Vaccination in Bombay 1889-1901 - 1889-1901
Year: 1889
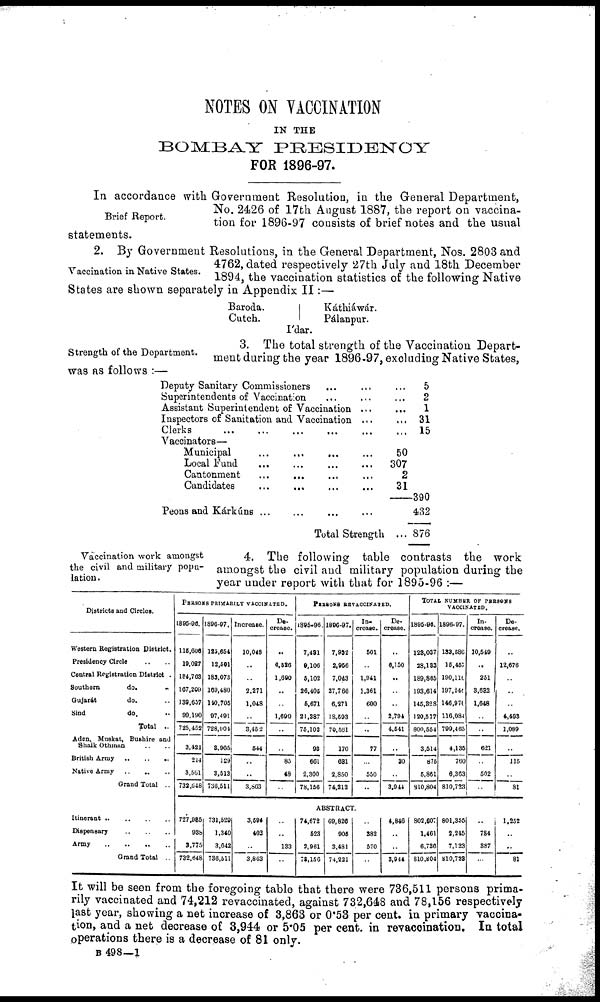
NOTES ON VACCINATION
IN THE
BOMBAY
PRESIDENCY
FOR 1896-97.
Brief Report.
In accordance with Government Resolution, in the General Department,
No. 2426 of 17th August 1887, the report on vaccina-
tion for 1896-97 consists of brief notes and the usual
statements.
Vaccination in Native States.
2. By Government Resolutions, in the General Department, Nos. 2803 and
4762, dated respectively 27th July and 18th December
1894, the vaccination statistics of the following Native
States are shown separately in Appendix II :—
Baroda.
Cutch.
Káthiáwár.
Pálanpur.
I'dar.
Strength of the Department.
3. The total strength of the Vaccination Depart-
ment during the year 1896-97, excluding Native States,
was as follows :—
Deputy Sanitary Commissioners ... ... ...
Superintendents of Vaccination ... ... ...
Assistant Superintendent of Vaccination ... ...
Inspectors of Sanitation and Vaccination ... ...
Clerks ... ... ... ... ...
Vaccinators—
Municipal
...
...
...
...
Local Fund ... ... ... ...
Cantonment ... ... ... ...
Candidates ... ... ... ...
Peons and Kárkúns ... ... ... ...
Total Strength ...
5
2
1
31
15
50
307
2
31
390
432
876
Vaccination work amongst
the civil and military popu-
lation.
4. The following table contrasts the work
amongst the civil and military population during the
year under report with that for 1895-96 :—
Districts and Circles.
Western Registration District.
Presidency Circle .. ..
Central Registration District .
Southern
do. ..
Gujarát
do. ..
Sind
do. ..
Total
..
Aden, Muskat, Bushire and
Shaik Othman .. ..
British
Army..
..
..
Native Army .. .. ..
Grand Total ..
Itinerant .. .. .. ..
Dispensary
..
..
..
Army .. .. .. ..
Grand Total ..
PERSONS PRIMARLY VACCINATED.
1895-95.
115,608
19,027
184,703
167,209
139,637
90,190
725,452
3,421
214
3,561
732,648
1896-97.
125,654
12,501
183,073
169,480
140,705
97,491
728,904
8,965
129
3,513
736,511
Increase.
10,048
..
..
2,271
1,048
..
3,452
544
..
..
3,863
De-
crease.
..
6,526
1,690
..
..
1,699
..
..
85
48
..
PERSONS REVACCINATED.
1895-96.
7,431
9,106
5,102
26,405
5,671
21,387
75,102
93
661
2,300
78,156
1896-97.
7,932
2,956
7,043
27,766
6,271
18,593
70,561
170
631
2,850
74,212
In-
crease.
501
..
1,941
1,361
600
..
..
77
..
550
..
De-
crease.
...
6,150
..
..
..
2,794
4,541
..
30
..
3,944
TOTAL NUMBER OF PERSONS
VACCINATED.
1895-96.
123,037
28,133
189,865
193,614
145,328
120,577
800,554
3,514
875
5,861
810,804
1896-97.
133,586
15,457
190,110
197,240
146,976
116,084
799,465
4,135
760
6,363
810,723
In-
crease.
10,549
..
251
3,632
1,648
..
..
621
..
502
..
De-
crease.
...
12,676
..
..
..
4,493
1,089
..
115
..
81
ABSTRACT.
727,985
938
3,775
732,648
731,529
1,340
3,642
736,511
3,594
402
..
3,863
..
..
133
..
74,672
523
2,961
78,156
69,826
905
3,481
74,221
..
382
520
..
4,846
..
..
3,944
802,607
1,461
6,736
810,804
801,355
2,245
7,123
810,723
..
784
387
..
1,252
..
..
81
It will be seen from the foregoing table that there were 736,511 persons prima-
rily vaccinated and 74,212 revaccinated, against 732,648 and 78,156 respectively
last year, showing a net increase of 3,863 or 0.53 per cent. in primary vaccina-
tion, and a net decrease of 3,944 or 5.05 per cent. in revaccination. In total
operations there is a decrease of 81 only.
B 498—1